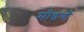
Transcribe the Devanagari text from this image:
मोडणी